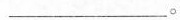
___。